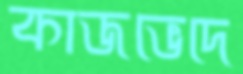
কাজভেদে